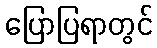
ပြောပြရာတွင်